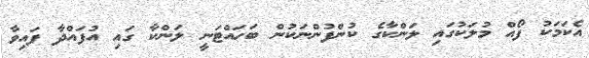
އެކަމަކު ފޯއް މުލަކުގައި ލަންކާގެ ކުންފުންނަކުން ބަހައްޓަނީ ލަންކާ ގައި އުފައްދާ ފައިވާ